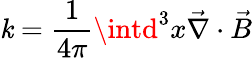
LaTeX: \mathit{k}=\frac{{1}}{{4\pi}}\intd^{3}x\vec{{\nabla}}\cdot\vec{{B}}